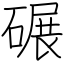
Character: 碾